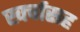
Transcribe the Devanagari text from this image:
खर्चासह